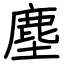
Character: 塵